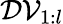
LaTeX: \mathcal{DV}_{1:l}